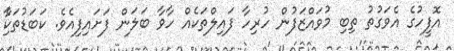
އޮފީހުގެ އެވަގުތު ތިބި މުވައްޒަފުން ހުރިހާ ފައިލްތަކެއް ހާވާ ބަލަން ފަށައިފިއެވެ. ކަބަޑުތަކާެި